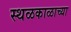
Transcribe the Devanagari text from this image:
स्थळकाळाच्या